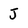
Character: j